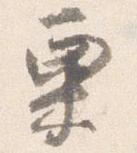
粟